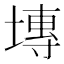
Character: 塼